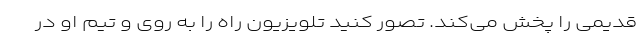
قدیمی را پخش می‌کند. تصور کنید تلویزیون راه را به روی و تیم او در